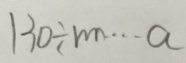
1 3 0 \div m \cdots a